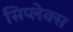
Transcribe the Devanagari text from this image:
सिप्लेक्स